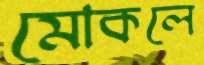
মোকলে